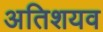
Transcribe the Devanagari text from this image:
अतिशयव